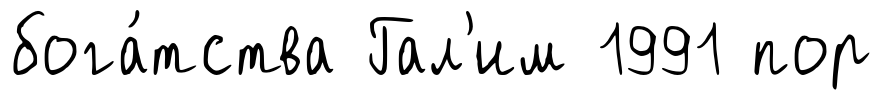
бога́тства Гал'им 1991 пор